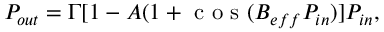
\begin{array} { r } { P _ { o u t } = \Gamma [ 1 - A ( 1 + \mathrm { ~ c ~ o ~ s ~ } ( B _ { e f f } P _ { i n } ) ] P _ { i n } , } \end{array}